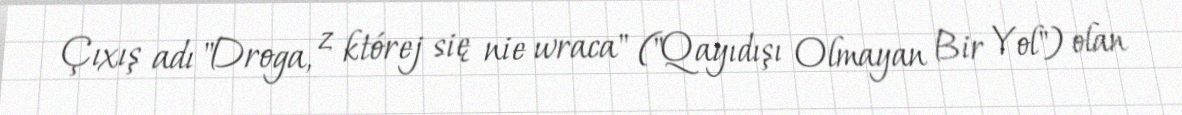
Çıxış adı "Droga, z której się nie wraca" ("Qayıdışı Olmayan Bir Yol") olan